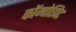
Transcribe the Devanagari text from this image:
कॉम्पोझिट